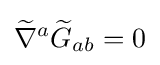
{\widetilde {\nabla }}^{a}{\widetilde {G}}_{ab}=0